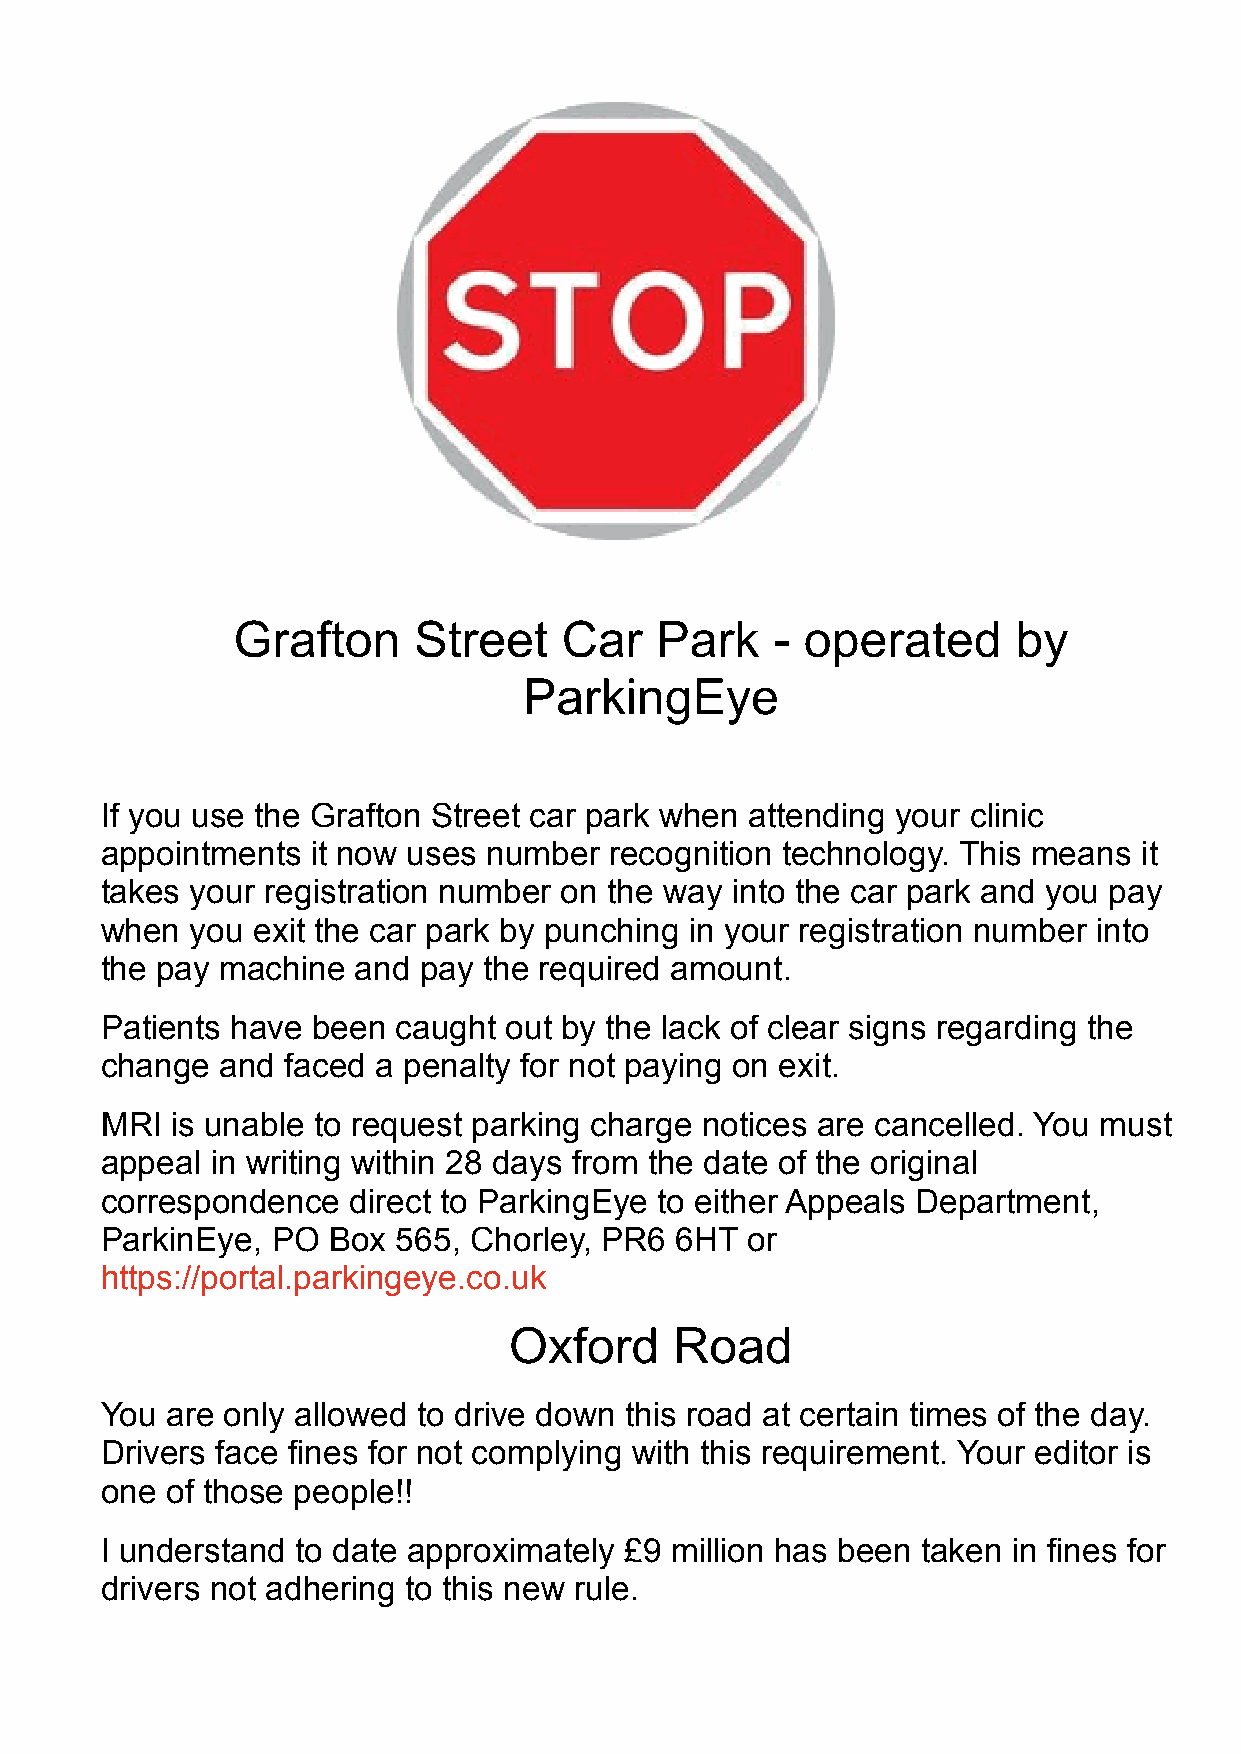
Grafton     Street    Car   Park    - operated      by
 ParkingEye
 If you use the Grafton Street car park when attending your clinic
 appointments  it now uses number recognition technology. This means  it
 takes your registration number on the way into the car park and you pay
 when  you exit the car park by punching in your registration number into
 the pay machine  and pay the required amount.
 Patients have been caught out by the lack of clear signs regarding the
 change  and faced a penalty for not paying on exit.
 MRI is unable to request parking charge notices are cancelled. You must
 appeal in writing within 28 days from the date of the original
 correspondence  direct to ParkingEye to either Appeals Department,
 ParkinEye, PO  Box 565, Chorley, PR6  6HT or
 https://portal.parkingeye.co.uk
 Oxford     Road
 You are only allowed to drive down this road at certain times of the day.
 Drivers face fines for not complying with this requirement. Your editor is
 one of those people!!
 I understand to date approximately £9 million has been taken in fines for
 drivers not adhering to this new rule.